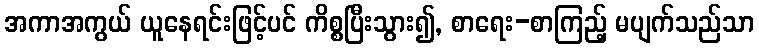
အကာအကွယ် ယူနေရင်းဖြင့်ပင် ကိစ္စပြီးသွား၍, စာရေး-စာကြည့် မပျက်သည်သာ